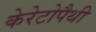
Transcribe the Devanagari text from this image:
केरेटोपैथी